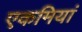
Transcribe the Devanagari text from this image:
एकमियां